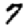
Digit: 7